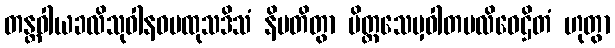
တန္တဝါယခလိသုဝါနဝမထုသဒိသံ နိပတိတွာ ပိတ္တသေမှဝါတပလိဝေဌိတံ ဟုတွာ